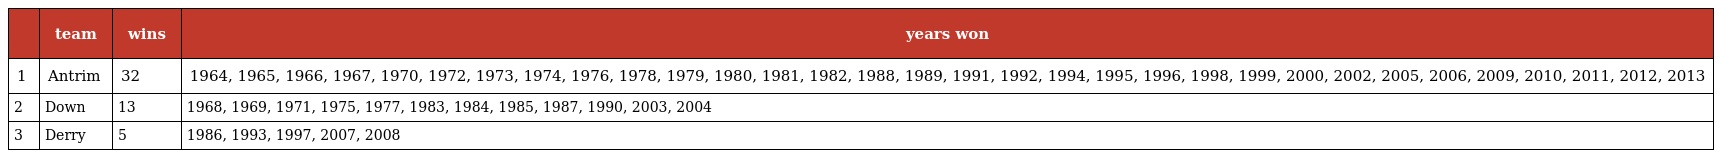
|  | team | wins | years won |
 | --- | --- | --- | --- |
 | 1 | Antrim | 32 | 1964, 1965, 1966, 1967, 1970, 1972, 1973, 1974, 1976, 1978, 1979, 1980, 1981, 1982, 1988, 1989, 1991, 1992, 1994, 1995, 1996, 1998, 1999, 2000, 2002, 2005, 2006, 2009, 2010, 2011, 2012, 2013 |
 | 2 | Down | 13 | 1968, 1969, 1971, 1975, 1977, 1983, 1984, 1985, 1987, 1990, 2003, 2004 |
 | 3 | Derry | 5 | 1986, 1993, 1997, 2007, 2008 |